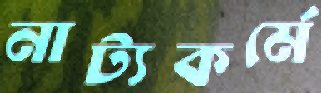
নাট্যকর্মে